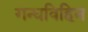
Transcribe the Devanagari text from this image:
गन्धविहिन